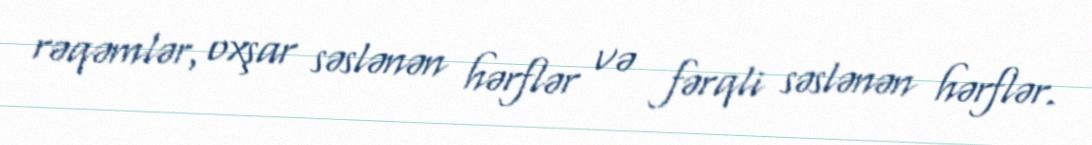
rəqəmlər, oxşar səslənən hərflər və fərqli səslənən hərflər.